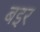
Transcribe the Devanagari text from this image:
बइर